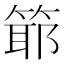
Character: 𥯘